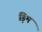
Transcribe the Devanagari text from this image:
ड़िम